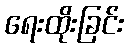
ရေးထိုးခြင်း